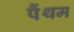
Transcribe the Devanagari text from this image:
पैंथम